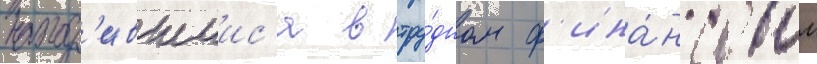
наход'ившиис'я в тру́дном ф'ина́нсовом